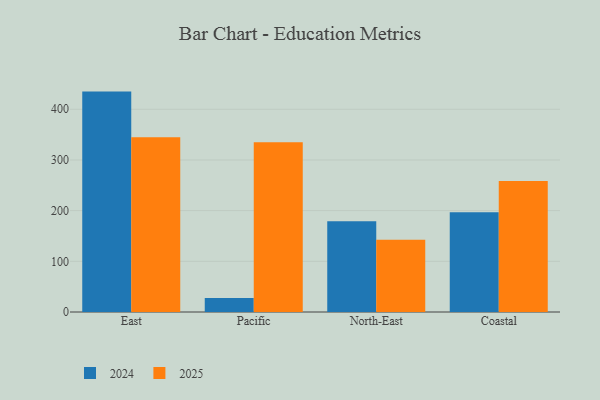
{"axis": {"x": "Region", "y": "Headcount"}, "legend": ["2024", "2025"], "data": [{"x": "East", "y": 434.9, "type": "2024"}, {"x": "East", "y": 344.9, "type": "2025"}, {"x": "Pacific", "y": 27.6, "type": "2024"}, {"x": "Pacific", "y": 335.0, "type": "2025"}, {"x": "North-East", "y": 178.9, "type": "2024"}, {"x": "North-East", "y": 142.8, "type": "2025"}, {"x": "Coastal", "y": 196.6, "type": "2024"}, {"x": "Coastal", "y": 258.4, "type": "2025"}]}